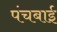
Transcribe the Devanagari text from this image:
पंचबाई